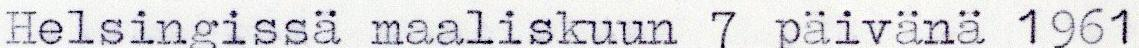
Helsingissä maaliskuun 7 päivänä 1961